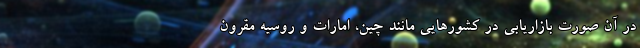
در آن صورت بازاریابی در کشورهایی مانند چین، امارات و روسیه مقرون